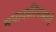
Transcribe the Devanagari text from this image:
संपादकीयामध्ये